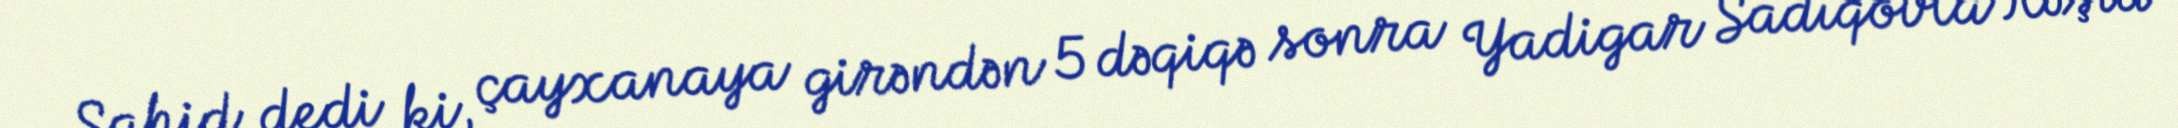
Şahid dedi ki, çayxanaya girəndən 5 dəqiqə sonra Yadigar Sadıqovla Rəşid